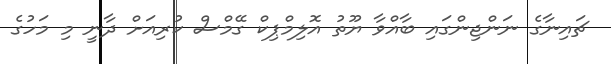
ޗައިނާގެ ނަންޖިންގައި ބާއްވާ ޔޫތު އޮލިމްޕިކް ގޭމްސް ކުރިއަށް ދާނީ މި މަހުގެ